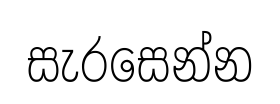
සැරසෙන්න